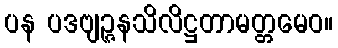
ပန ပဒဗျဉ္ဇနသိလိဋ္ဌတာမတ္တမေဝ။